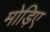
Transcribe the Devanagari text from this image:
मोड़िए